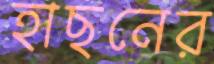
হাছনের